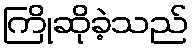
ကြိုဆိုခဲ့သည်